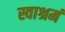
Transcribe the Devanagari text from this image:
स्वाश्रमं